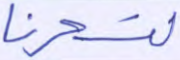
لتسحرنا